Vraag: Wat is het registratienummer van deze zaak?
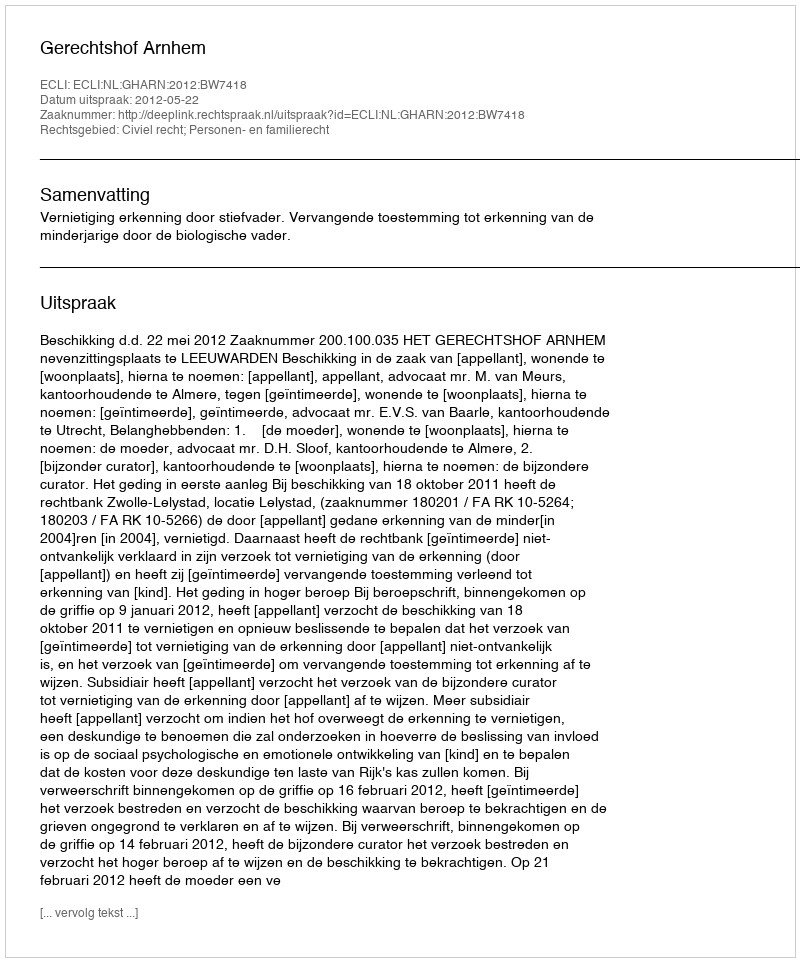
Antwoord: http://deeplink.rechtspraak.nl/uitspraak?id=ECLI:NL:GHARN:2012:BW7418